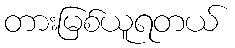
တားမြစ်ယူရတယ်